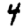
Digit: 4